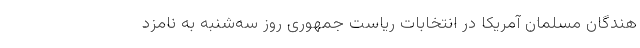
هندگان مسلمان آمریکا در انتخابات ریاست جمهوری روز سه‌شنبه به نامزد